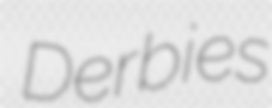
Derbies